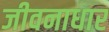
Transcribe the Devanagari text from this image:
जीवनाधार